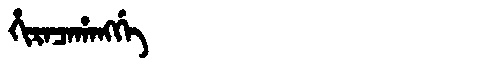
Manchu: ᡥᡳᡵᠠᠴᠠᡥᠠᠩᡤᡝ
Romanization: HIRACAHANGGE